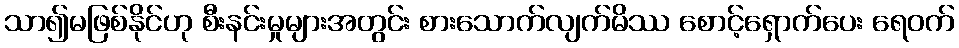
သာ၍မဖြစ်နိုင်ဟု စီးနင်းမှုများအတွင်း စားသောက်လျက်မိဿ စောင့်ရှောက်ပေး ရေဝက်